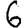
Digit: 6